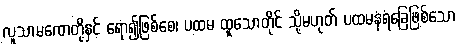
လူသာမဏေတို့နှင့် ရော၍ဖြစ်စေ၊ ပထမ ထူသောတိုင် သို့မဟုတ် ပထမနံရံခြေဖြစ်သော